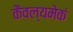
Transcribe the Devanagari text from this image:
कैवल्यमेकं